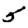
Digit: 5